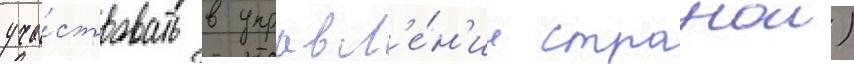
уча́ствовать в управл'е́н'ии странои)